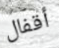
أقفال